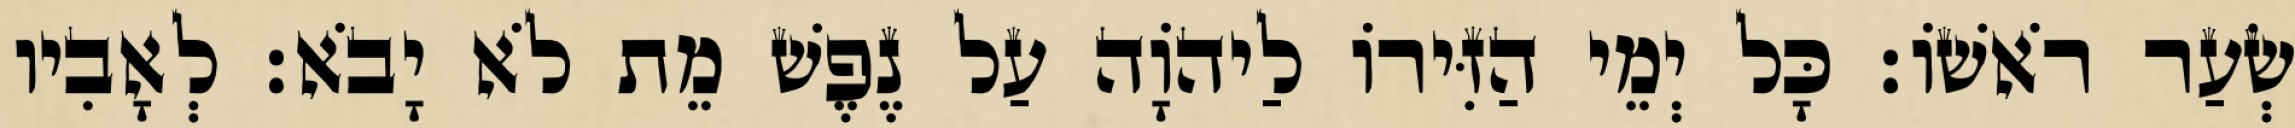
שְׂעַר רֹאשׁוֹ׃ כָּל יְמֵי הַזִּירוֹ לַיהוָֹה עַל נֶפֶשׁ מֵת לֹא יָבֹא׃ לְאָבִיו